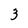
Character: 3